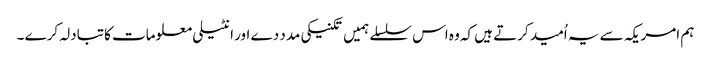
ہم امریکہ سے یہ اُمید کرتے ہیں کہ وہ اس سلسلے ہمیں تکنیکی مدد دے اور انٹیلی معلومات کا تبادلہ کرے ۔